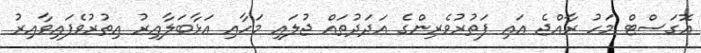
އޮގަސްޓް މަހު ރާއްޖެ އައި ފަތުރުވެރިންގެ އަދަދުތައް ޖުލައި މަހާއި އަޅާބަލާއިރު އިތުރުވެފައިވާއިރު